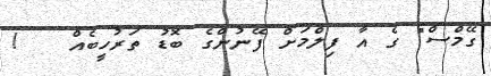
ގޭމްސް" ގެ އާ ފިލްމަށް ފޭނުންގެ ބޮޑު ތަރުހީބެއް   !